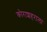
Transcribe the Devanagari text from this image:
कोराशहराला